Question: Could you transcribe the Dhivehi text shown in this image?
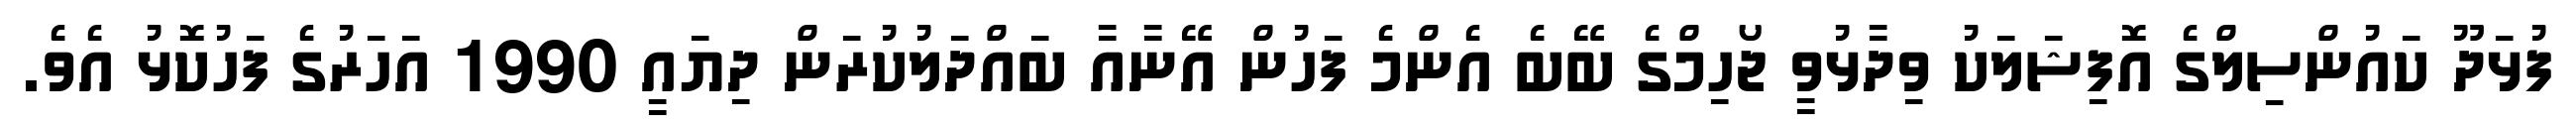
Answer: ފުޅަދޫ ކައުންސިލްގެ އޮފިޝަލަކު ވިދާޅުވީ ޖޯހިމްގެ ބޭބެ އެންމެ ފަހުން އޭނާއާ ބައްދަލުކުރަން ދިޔައީ 1990 އަހަރުގެ ފަހުކޮޅު އެވެ.